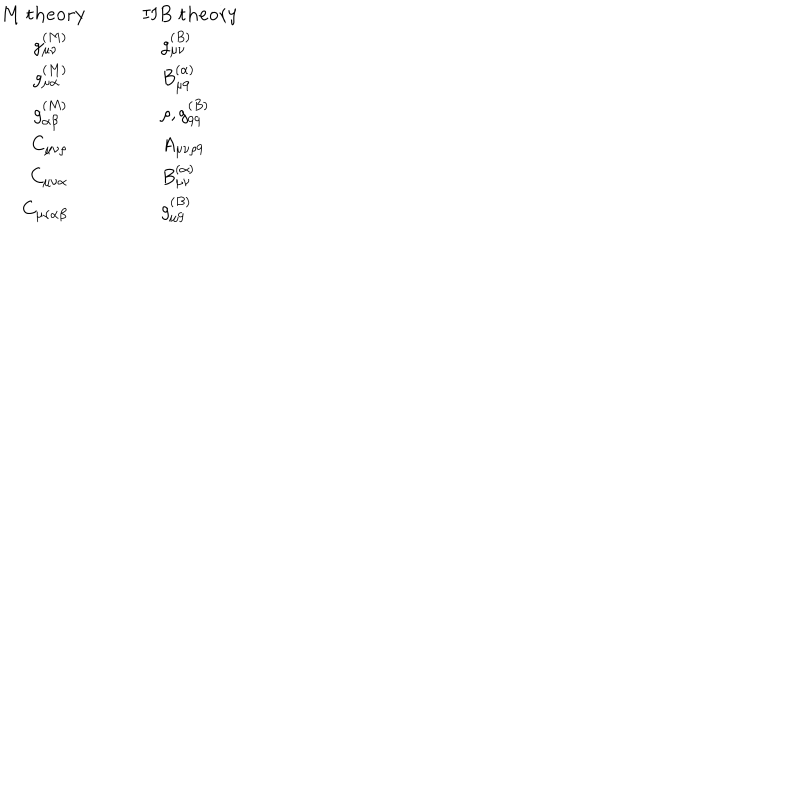
LaTeX: \begin{array} { r l } { { { \bf M \ t h e o r y } } } & { { \quad \quad { \bf I I B \ t h e o r y } } } \\ { { g _ { \mu \nu } ^ { ( M ) } \quad } } & { { \quad \quad \quad g _ { \mu \nu } ^ { ( B ) } } } \\ { { g _ { \mu \alpha } ^ { ( M ) } \quad } } & { { \quad \quad \quad B _ { \mu 9 } ^ { ( \alpha ) } } } \\ { { g _ { \alpha \beta } ^ { ( M ) } \quad } } & { { \quad \quad \quad \rho , g _ { 9 9 } ^ { ( B ) } } } \\ { { C _ { \mu \nu \rho } \quad } } & { { \quad \quad \quad A _ { \mu \nu \rho 9 } } } \\ { { C _ { \mu \nu \alpha } \quad } } & { { \quad \quad \quad B _ { \mu \nu } ^ { ( \alpha ) } } } \\ { { C _ { \mu \nu \alpha \beta } \quad } } & { { \quad \quad \quad g _ { \mu 9 } ^ { ( B ) } } } \\ \end{array}